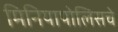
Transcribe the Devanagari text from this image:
मिनियापोलिसचे